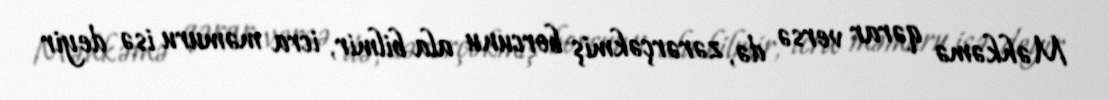
Məhkəmə qərar versə də, zərərçəkmiş borcunu ala bilmir, icra məmuru isə deyir